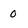
Character: o